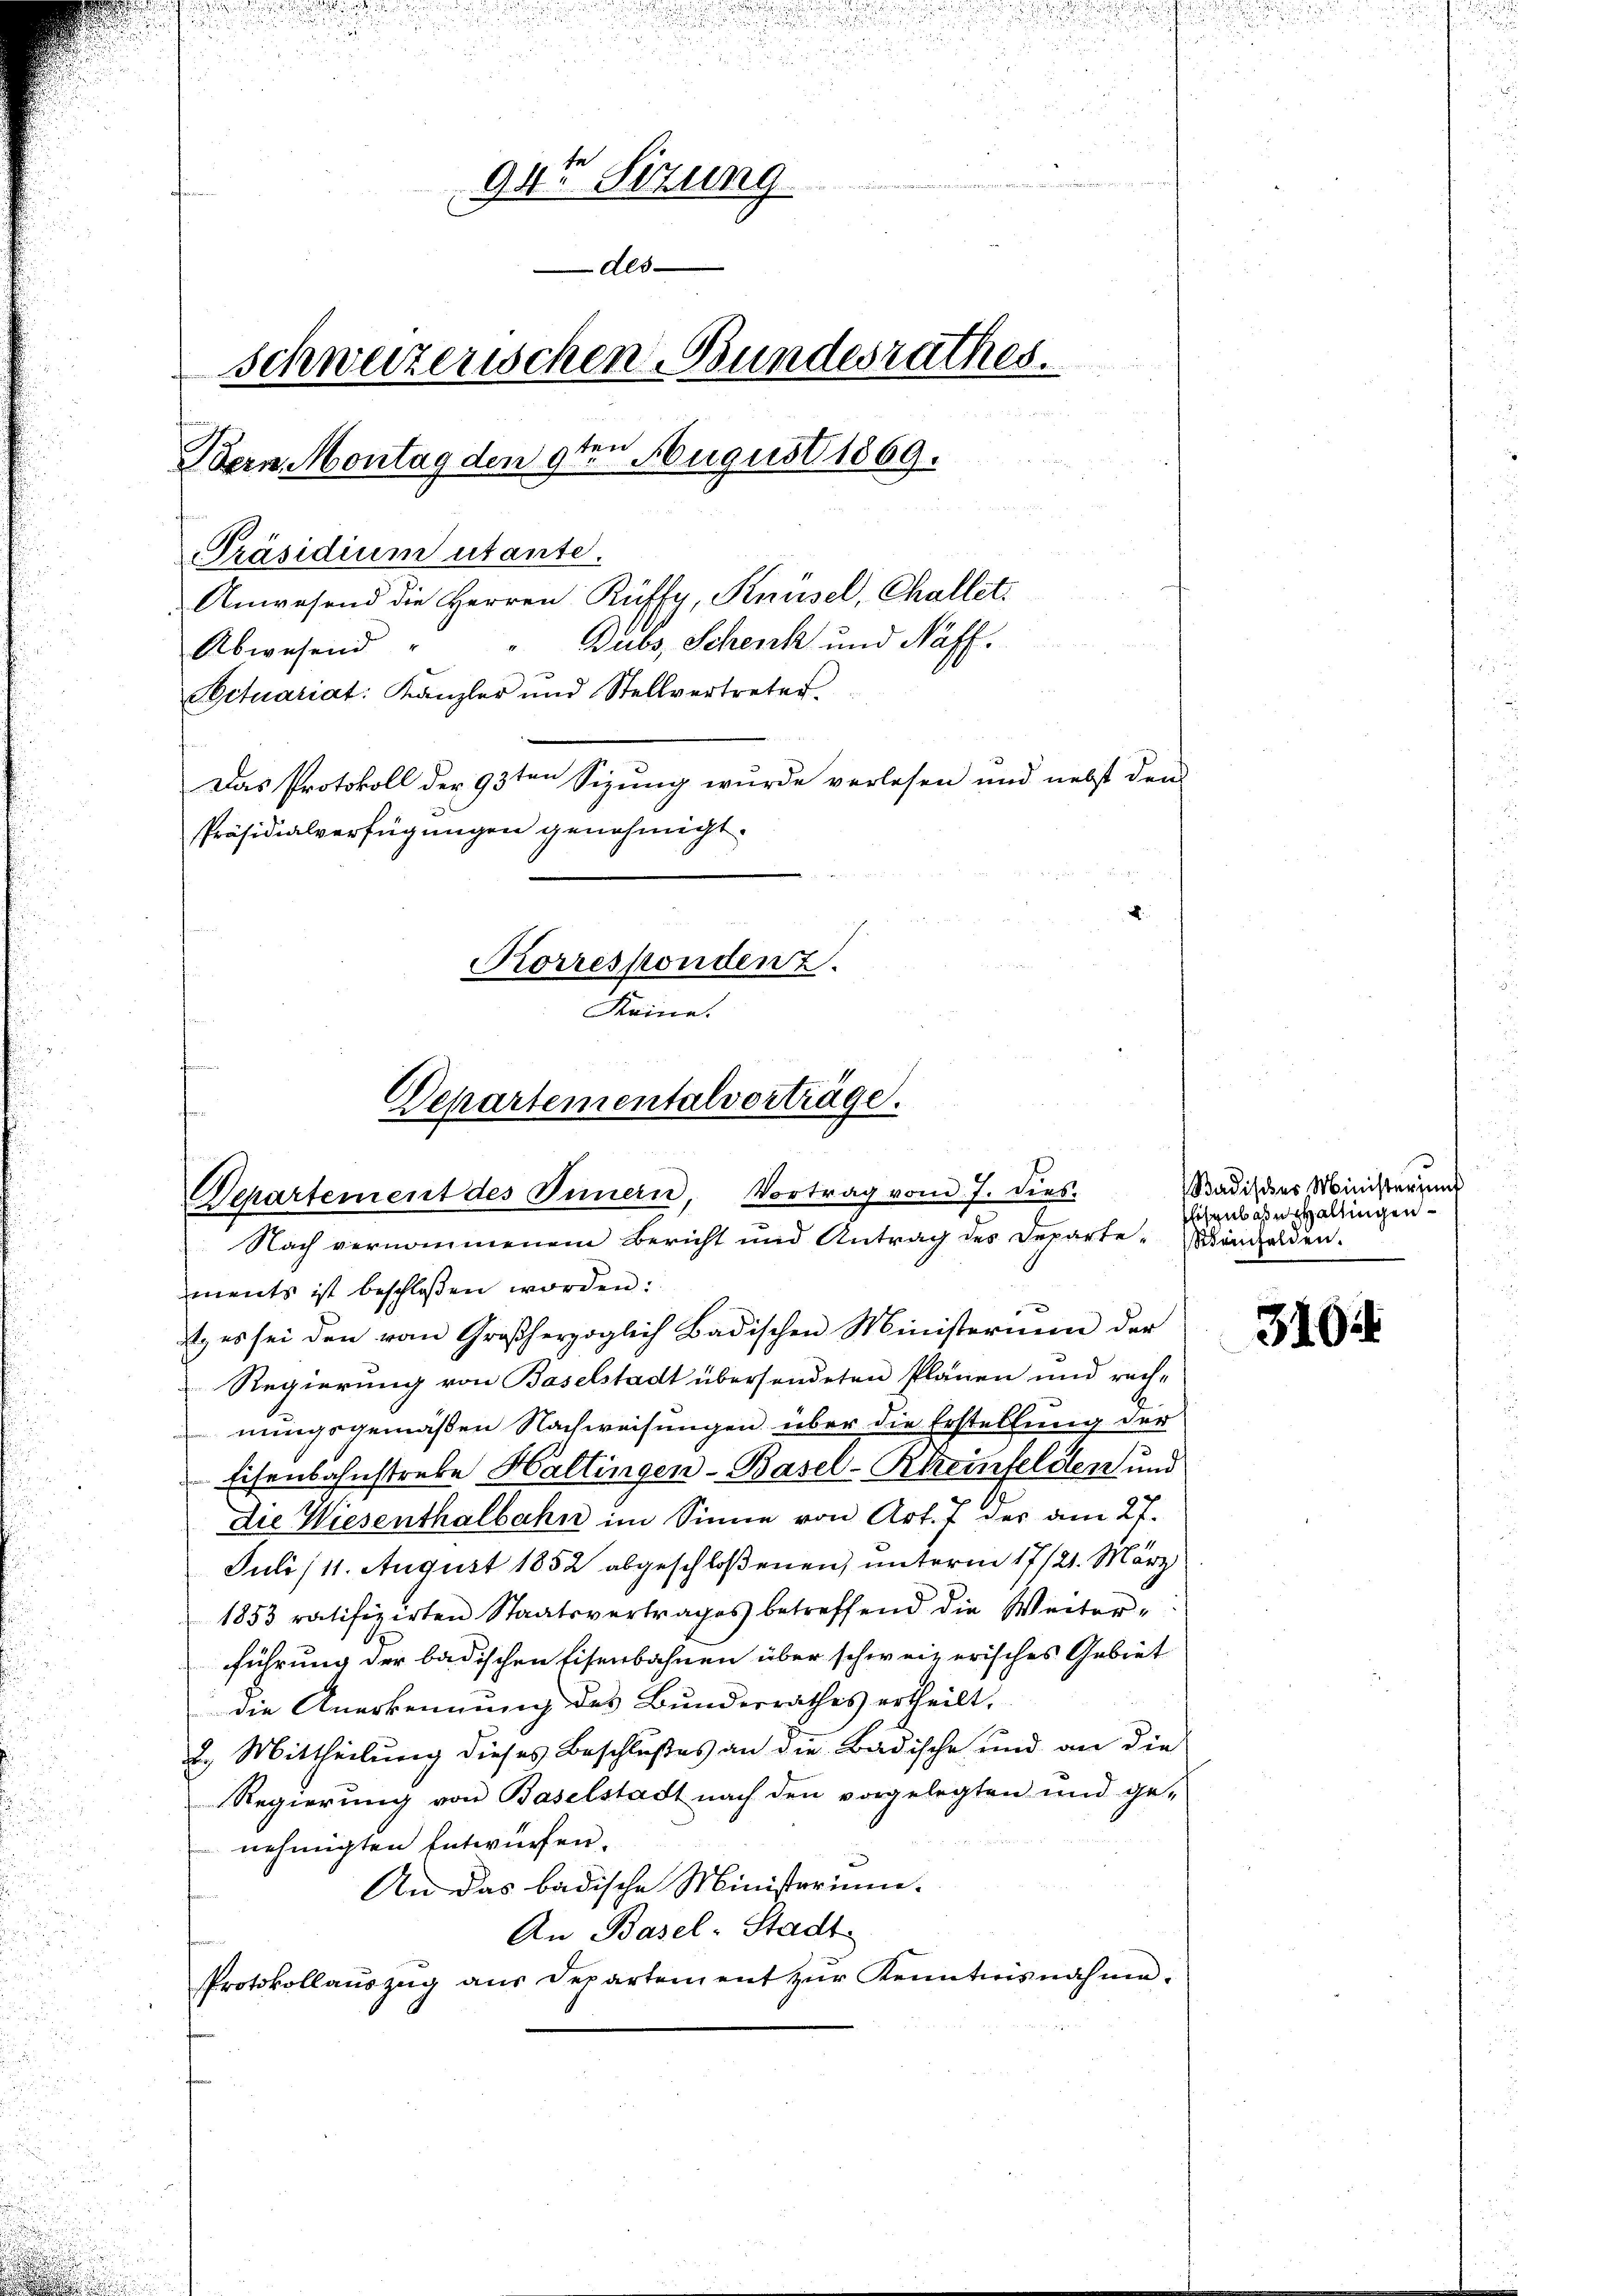
.

un
9te Sitzung
Als
Schweizerischen Bundesrathes.
Bern Montag den 9ten August 1869.
Präsidium utante.
Anwesend die Herren Ruffy, Knüsel, Challet:
Dubs, Schenk und Naff.
Abwesend
Actuariat: Kanzler und Stellvertreter.
Das Protokoll der 93ten Sizung wurde verlesen und nebst dem
Präsidialverfügungen genehmigt.
d
Korrespondenz.

Keine.
Departementalvorträge.
Departement des Innern, Vortrag vom 7. dies
Nach vernommenem Bericht und Antrag des Departe-anhalden.

ments ist beschlossen worden:
i
t, es sei den von Großherzoglich Badischen Ministerium der
Regierung von Baselstadt übersendeten Plänen und rechnungsgemäßen Nachweisungen über die Erstellung der
Eisenbahnstreke Haltingen-Basel-Rheinfeldten und
die Wiesenthalbahn im Sinne von Art. 7 der am 27.
Juli/11. August 1852 abgeschloßenen, unterm 17/21. März
1853 ratifizirten Staatsvertrages betreffend die Weiter-
führung der badischen Eisenbahnen über schweizerisches Gebiet
die Anerkennung des Bundesrathes ertheilt.
2. Mittheilung dieses Beschlußes an die Badische und an die
Regierung von Baselstadt nach den vorgelegten und ge-
nehmigten Entwürfen.
An das badische Ministerium.
An Basel-Stadt
Protokollaŭszŭg aŭs Departement zŭr Kenntnisnahme.

Badisches Ministerung
Eisenbahn Haltingen

3104